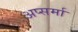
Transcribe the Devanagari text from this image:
अप्सर्मा